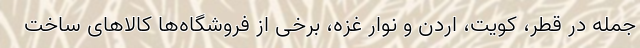
جمله در قطر، کویت، اردن و نوار غزه، برخی از فروشگاه‌ها کالاهای ساخت